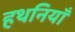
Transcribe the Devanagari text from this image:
हथनियाँ